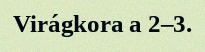
Virágkora a 2–3.